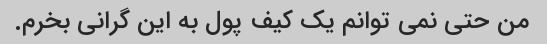
من حتی نمی توانم یک کیف پول به این گرانی بخرم.